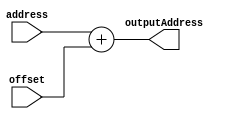
module add_memory_address(

  input wire [7:0] address,
  input wire [1:0] offset,

  output reg [7:0] outputAddress

);

always @* begin

    outputAddress = address + offset;

end

endmodule